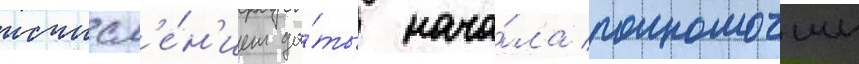
исчисл'е́н'ием да́ты нача́ла полномочии